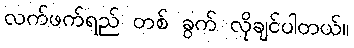
လက်ဖက်ရည် တစ် ခွက် လိုချင်ပါတယ်။